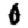
Digit: 0